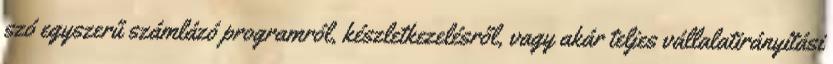
szó egyszerű számlázó programról, készletkezelésről, vagy akár teljes vállalatirányítási